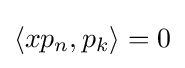
\langle xp_{n},p_{k}\rangle =0